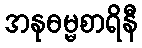
အနုဓမ္မစာရိနီ